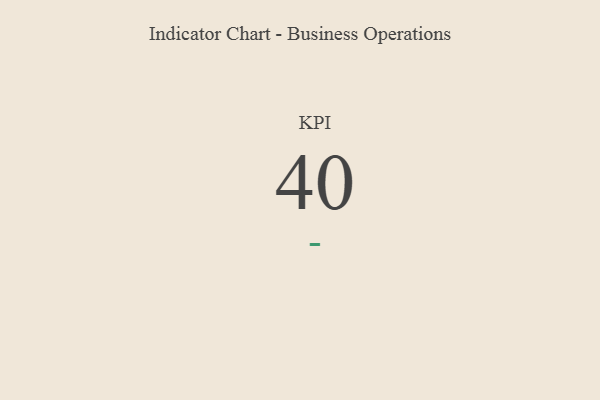
{"axis": {"x": "KPI", "y": "Value"}, "legend": [""], "data": [{"x": "KPI", "y": 40, "type": ""}]}